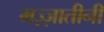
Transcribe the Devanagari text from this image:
मज़्ज़ातीनी